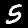
Digit: 5